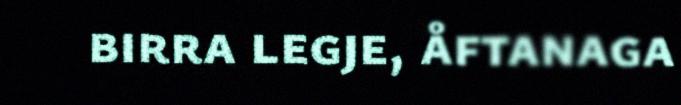
birra legje, åftanaga